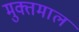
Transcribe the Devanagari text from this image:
मुक्तमाल